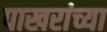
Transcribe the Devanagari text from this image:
पाखरांच्या